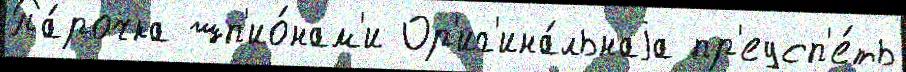
Па́рочка шп'ио́нам'и Ор'иг'ина́льнаjа пр'еусп'е́ть